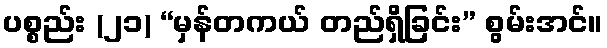
ပစ္စည်း (၂၁) “မှန်တကယ် တည်ရှိခြင်း” စွမ်းအင်။